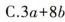
C.$$3a+8b $$